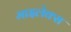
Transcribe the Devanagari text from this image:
माइलेक्स